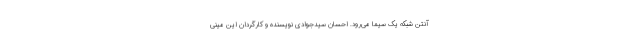
آنتن شبکه یک سیما می‌رود. احسان سیدجوادی نویسنده‌ و کارگردان این مینی